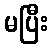
မပြီး